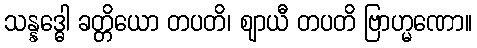
သန္နဒ္ဓေါ ခတ္တိယော တပတိ၊ ဈာယီ တပတိ ဗြာဟ္မဏော။